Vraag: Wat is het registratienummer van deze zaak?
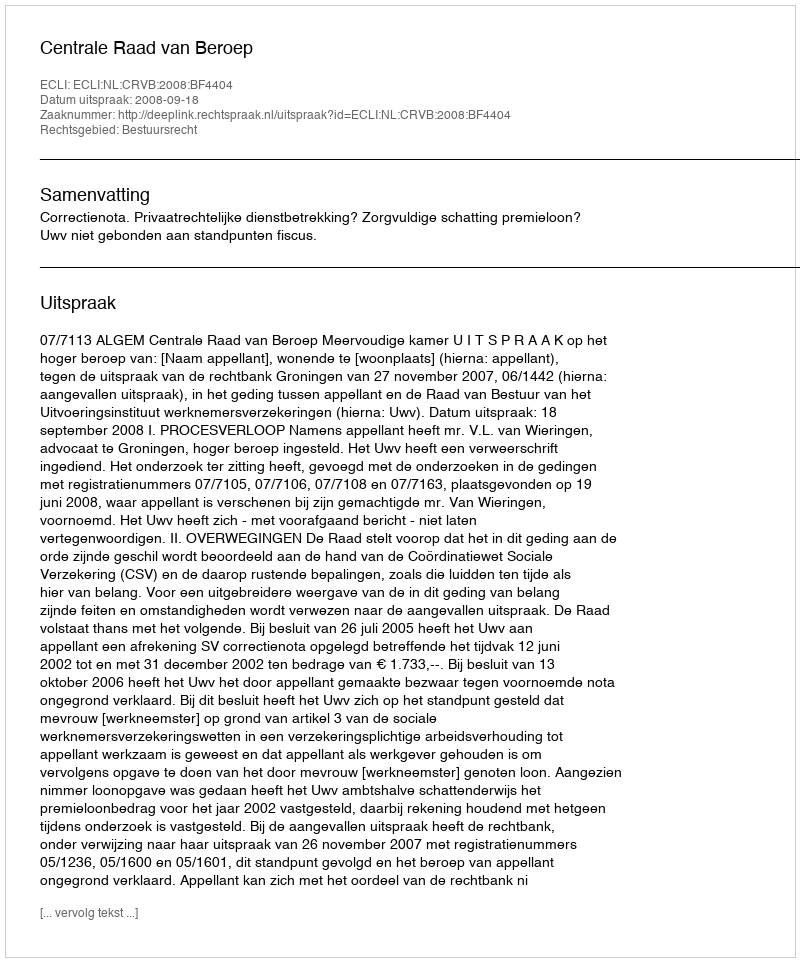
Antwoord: http://deeplink.rechtspraak.nl/uitspraak?id=ECLI:NL:CRVB:2008:BF4404